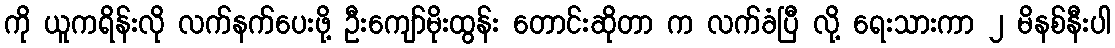
ကို ယူကရိန်းလို လက်နက်ပေးဖို့ ဦးကျော်မိုးထွန်း တောင်းဆိုတာ က လက်ခံပြီ လို့ ရေးသားကာ ၂ မိနစ်နီးပါ